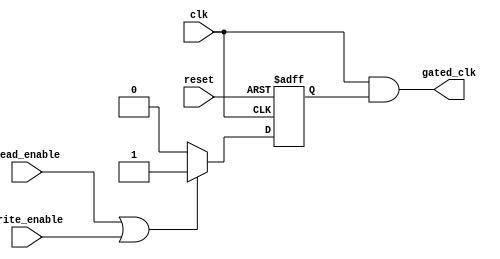
module dynamic_clock_gating (
    input wire clk,                  // Original clock signal
    input wire reset,                // Reset signal
    input wire read_enable,          // Read request signal
    input wire write_enable,         // Write request signal
    output wire gated_clk            // Gated clock output
);

    // Internal signals
    reg gating_signal;
    wire clk_enable;

    // Clock Gating Control Logic
    always @(posedge clk or posedge reset) begin
        if (reset) begin
            gating_signal <= 1'b1;    // Enable clock by default on reset
        end else begin
            // Generate gating signal based on read/write requests
            if (read_enable || write_enable) begin
                gating_signal <= 1'b1;  // Active state
            end else begin
                gating_signal <= 1'b0;  // Idle state
            end
        end
    end

    // Clock Gating Cell
    assign clk_enable = gating_signal;
    assign gated_clk = clk & clk_enable; // Gated clock output

endmodule